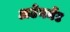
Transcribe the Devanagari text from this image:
अटेनमेंट